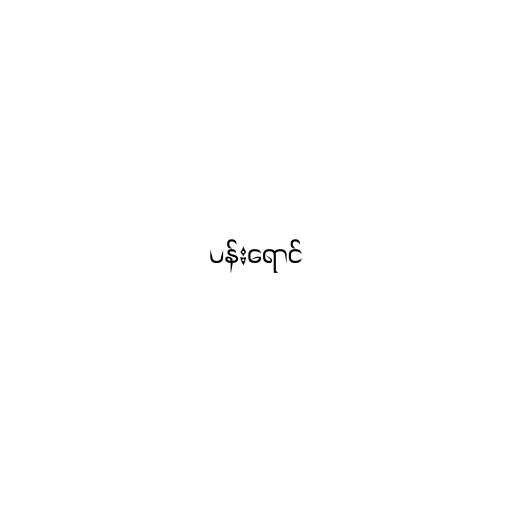
ပန်းရောင်